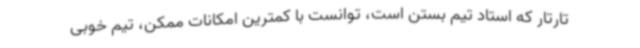
تارتار که استاد تیم بستن است، توانست با کمترین امکانات ممکن، تیم خوبی